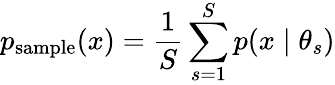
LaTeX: p_{\mathrm{sample}}(x)=\frac{1}{S}\sum_{s=1}^{S}p(x\mid\theta_{s})